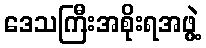
ဒေသကြီးအစိုးရအဖွဲ့